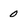
Character: 0